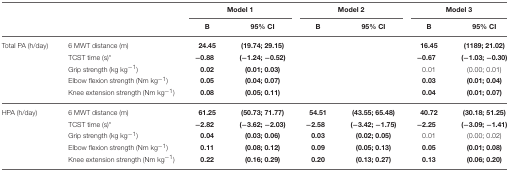
<table><thead><tr><td></td><td></td><td colspan="2"><b>Model 1</b></td><td colspan="2"><b>Model 2</b></td><td colspan="2"><b>Model 3</b></td></tr><tr><td></td><td></td><td><b>B</b></td><td><b>95% CI</b></td><td><b>B</b></td><td><b>95% CI</b></td><td><b>B</b></td><td><b>95% CI</b></td></tr></thead><tbody><tr><td>Total PA (h/day)</td><td>6 MWT distance (m)</td><td><b>24.45</b></td><td><b>(19.74; 29.15)</b></td><td></td><td></td><td><b>16.45</b></td><td><b>(1189; 21.02)</b></td></tr><tr><td></td><td>TCST time (s)<sup>*</sup></td><td><b>−0.88</b></td><td><b>(−1.24;</b> −<b>0.52)</b></td><td></td><td></td><td><b>−0.67</b></td><td><b>(−1.03;</b> −<b>0.30)</b></td></tr><tr><td></td><td>Grip strength (kg kg<sup>−1</sup>)</td><td><b>0.02</b></td><td><b>(0.01; 0.03)</b></td><td></td><td></td><td>0.01</td><td>(0.00; 0.01)</td></tr><tr><td></td><td>Elbow flexion strength (Nm kg<sup>−1</sup>)</td><td><b>0.05</b></td><td><b>(0.04; 0.07)</b></td><td></td><td></td><td><b>0.03</b></td><td><b>(0.01; 0.04)</b></td></tr><tr><td></td><td>Knee extension strength (Nm kg<sup>−1</sup>)</td><td><b>0.08</b></td><td><b>(0.05; 0.11)</b></td><td></td><td></td><td><b>0.04</b></td><td><b>(0.01; 0.07)</b></td></tr><tr><td>HPA (h/day)</td><td>6 MWT distance (m)</td><td><b>61.25</b></td><td><b>(50.73; 71.77)</b></td><td><b>54.51</b></td><td><b>(43.55; 65.48)</b></td><td><b>40.72</b></td><td><b>(30.18; 51.25)</b></td></tr><tr><td></td><td>TCST time (s)<sup>*</sup></td><td><b>−2.82</b></td><td><b>(−3.62;</b> −<b>2.03)</b></td><td><b>−2.58</b></td><td><b>(−3.42;</b> −<b>1.75)</b></td><td><b>−2.25</b></td><td><b>(−3.09;</b> −<b>1.41)</b></td></tr><tr><td></td><td>Grip strength (kg kg<sup>−1</sup>)</td><td><b>0.04</b></td><td><b>(0.03; 0.06)</b></td><td><b>0.03</b></td><td><b>(0.02; 0.05)</b></td><td>0.01</td><td>(0.00; 0.02)</td></tr><tr><td></td><td>Elbow flexion strength (Nm kg<sup>−1</sup>)</td><td><b>0.11</b></td><td><b>(0.08; 0.12)</b></td><td><b>0.09</b></td><td><b>(0.05; 0.13)</b></td><td><b>0.05</b></td><td><b>(0.01; 0.08)</b></td></tr><tr><td></td><td>Knee extension strength (Nm kg<sup>−1</sup>)</td><td><b>0.22</b></td><td><b>(0.16; 0.29)</b></td><td><b>0.20</b></td><td><b>(0.13; 0.27)</b></td><td><b>0.13</b></td><td><b>(0.06; 0.20)</b></td></tr></tbody></table>